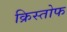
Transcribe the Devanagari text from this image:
क्रिस्तोफ